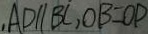
, A D / / B C , O B = O P